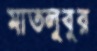
মাতলুবুর